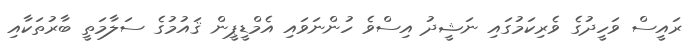
ރައީސް ވަހީދުގެ ވެރިކަމުގައި ނަޝީދު އިސްވެެ ހުންނަވައި އެމްޑީޕީން ޤައުމުގެ ސަލާމަތީ ބާރުތަކާއި